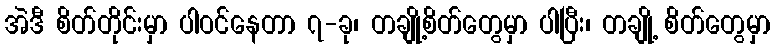
အဲဒီ စိတ်တိုင်းမှာ ပါဝင်နေတာ ၇-ခု၊ တချို့စိတ်တွေမှာ ပါပြီး၊ တချို့ စိတ်တွေမှာ